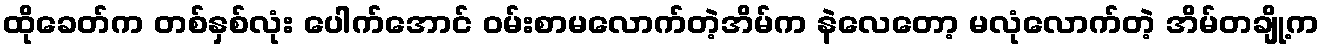
ထိုခေတ်က တစ်နှစ်လုံး ပေါက်အောင် ဝမ်းစာမလောက်တဲ့အိမ်က နဲလေတော့ မလုံလောက်တဲ့ အိမ်တချို့က